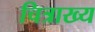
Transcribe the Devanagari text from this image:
चित्राख्य